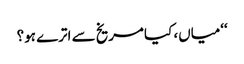
‘‘میاں، کیا مریخ سے اترے ہو؟